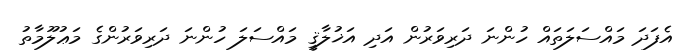
އެފަދަ މައްސަލަތައް ހުންނަ ދަރިވަރުން އަދި އަޚުލާޤީ މައްސަލަ ހުންނަ ދަރިވަރުންގެ މަޢުލޫމާތު